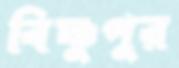
বিষ্ণুপুর